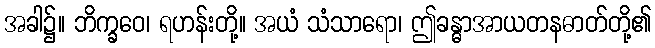
အခါ၌။ ဘိက္ခဝေ၊ ရဟန်းတို့။ အယံ သံသာရော၊ ဤခန္ဓာအာယတနဓာတ်တို့၏